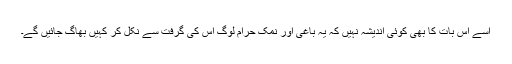
اسے اس بات کا بھی کوئی اندیشہ نہیں کہ یہ باغی اور نمک حرام لوگ اس کی گرفت سے نکل کر کہیں بھاگ جائیں گے۔